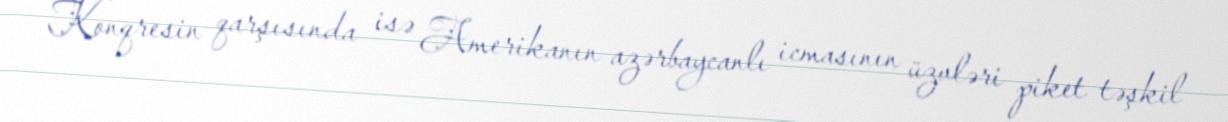
Konqresin qarşısında isə Amerikanın azərbaycanlı icmasının üzvləri piket təşkil